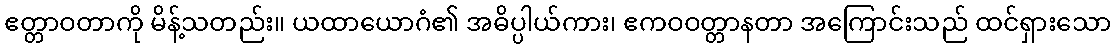
ဧတ္တာဝတာကို မိန့်သတည်း။ ယထာယောဂံ၏ အဓိပ္ပါယ်ကား၊ ဧကဝဝတ္တာနတာ အကြောင်းသည် ထင်ရှားသော